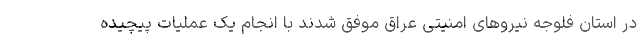
در استان فلوجه نیروهای امنیتی عراق موفق شدند با انجام یک عملیات پیچیده